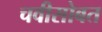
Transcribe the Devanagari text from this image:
चवीसोबत